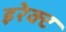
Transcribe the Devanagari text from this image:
इरेक्ट